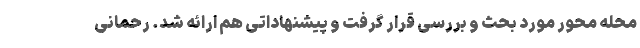
محله محور مورد بحث و بررسی قرار گرفت و پیشنهاداتی هم ارائه شد. رحمانی